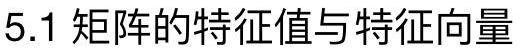
5.1 矩阵的特征值与特征向量